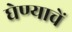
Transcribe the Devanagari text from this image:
घेण्याचें